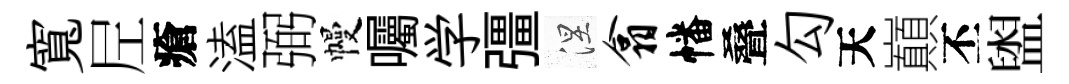
寬𡰱瘡溘弼幔囑学彊涅翕幡叠勾天巔丕盥